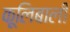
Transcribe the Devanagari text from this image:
कूलिबाली